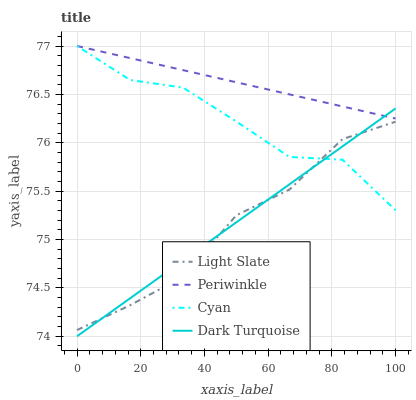
| xaxis_label | Light Slate | Periwinkle | Cyan | Dark Turquoise |
 | --- | --- | --- | --- | --- |
 | 0 | 74.1 | 77 | 77 | 74 |
 | 16.7 | 74.3 | 76.9 | 76.6 | 74.4 |
 | 33.3 | 74.6 | 76.8 | 76.6 | 74.8 |
 | 50 | 75.3 | 76.6 | 76.2 | 75.2 |
 | 66.7 | 75.5 | 76.5 | 75.9 | 75.6 |
 | 83.3 | 76 | 76.4 | 75.8 | 76 |
 | 100 | 76.2 | 76.3 | 75.3 | 76.4 |